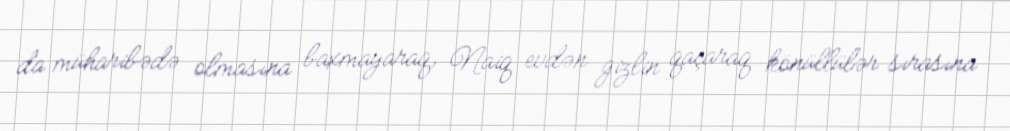
da müharibədə olmasına baxmayaraq, Naiq evdən gizlin qaçaraq könüllülər sırasına